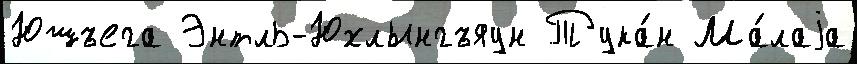
Юшъега Энтль-Юхлынгъяун Тука́н Ма́лаjа